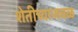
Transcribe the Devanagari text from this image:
शेतीच्याजवळ